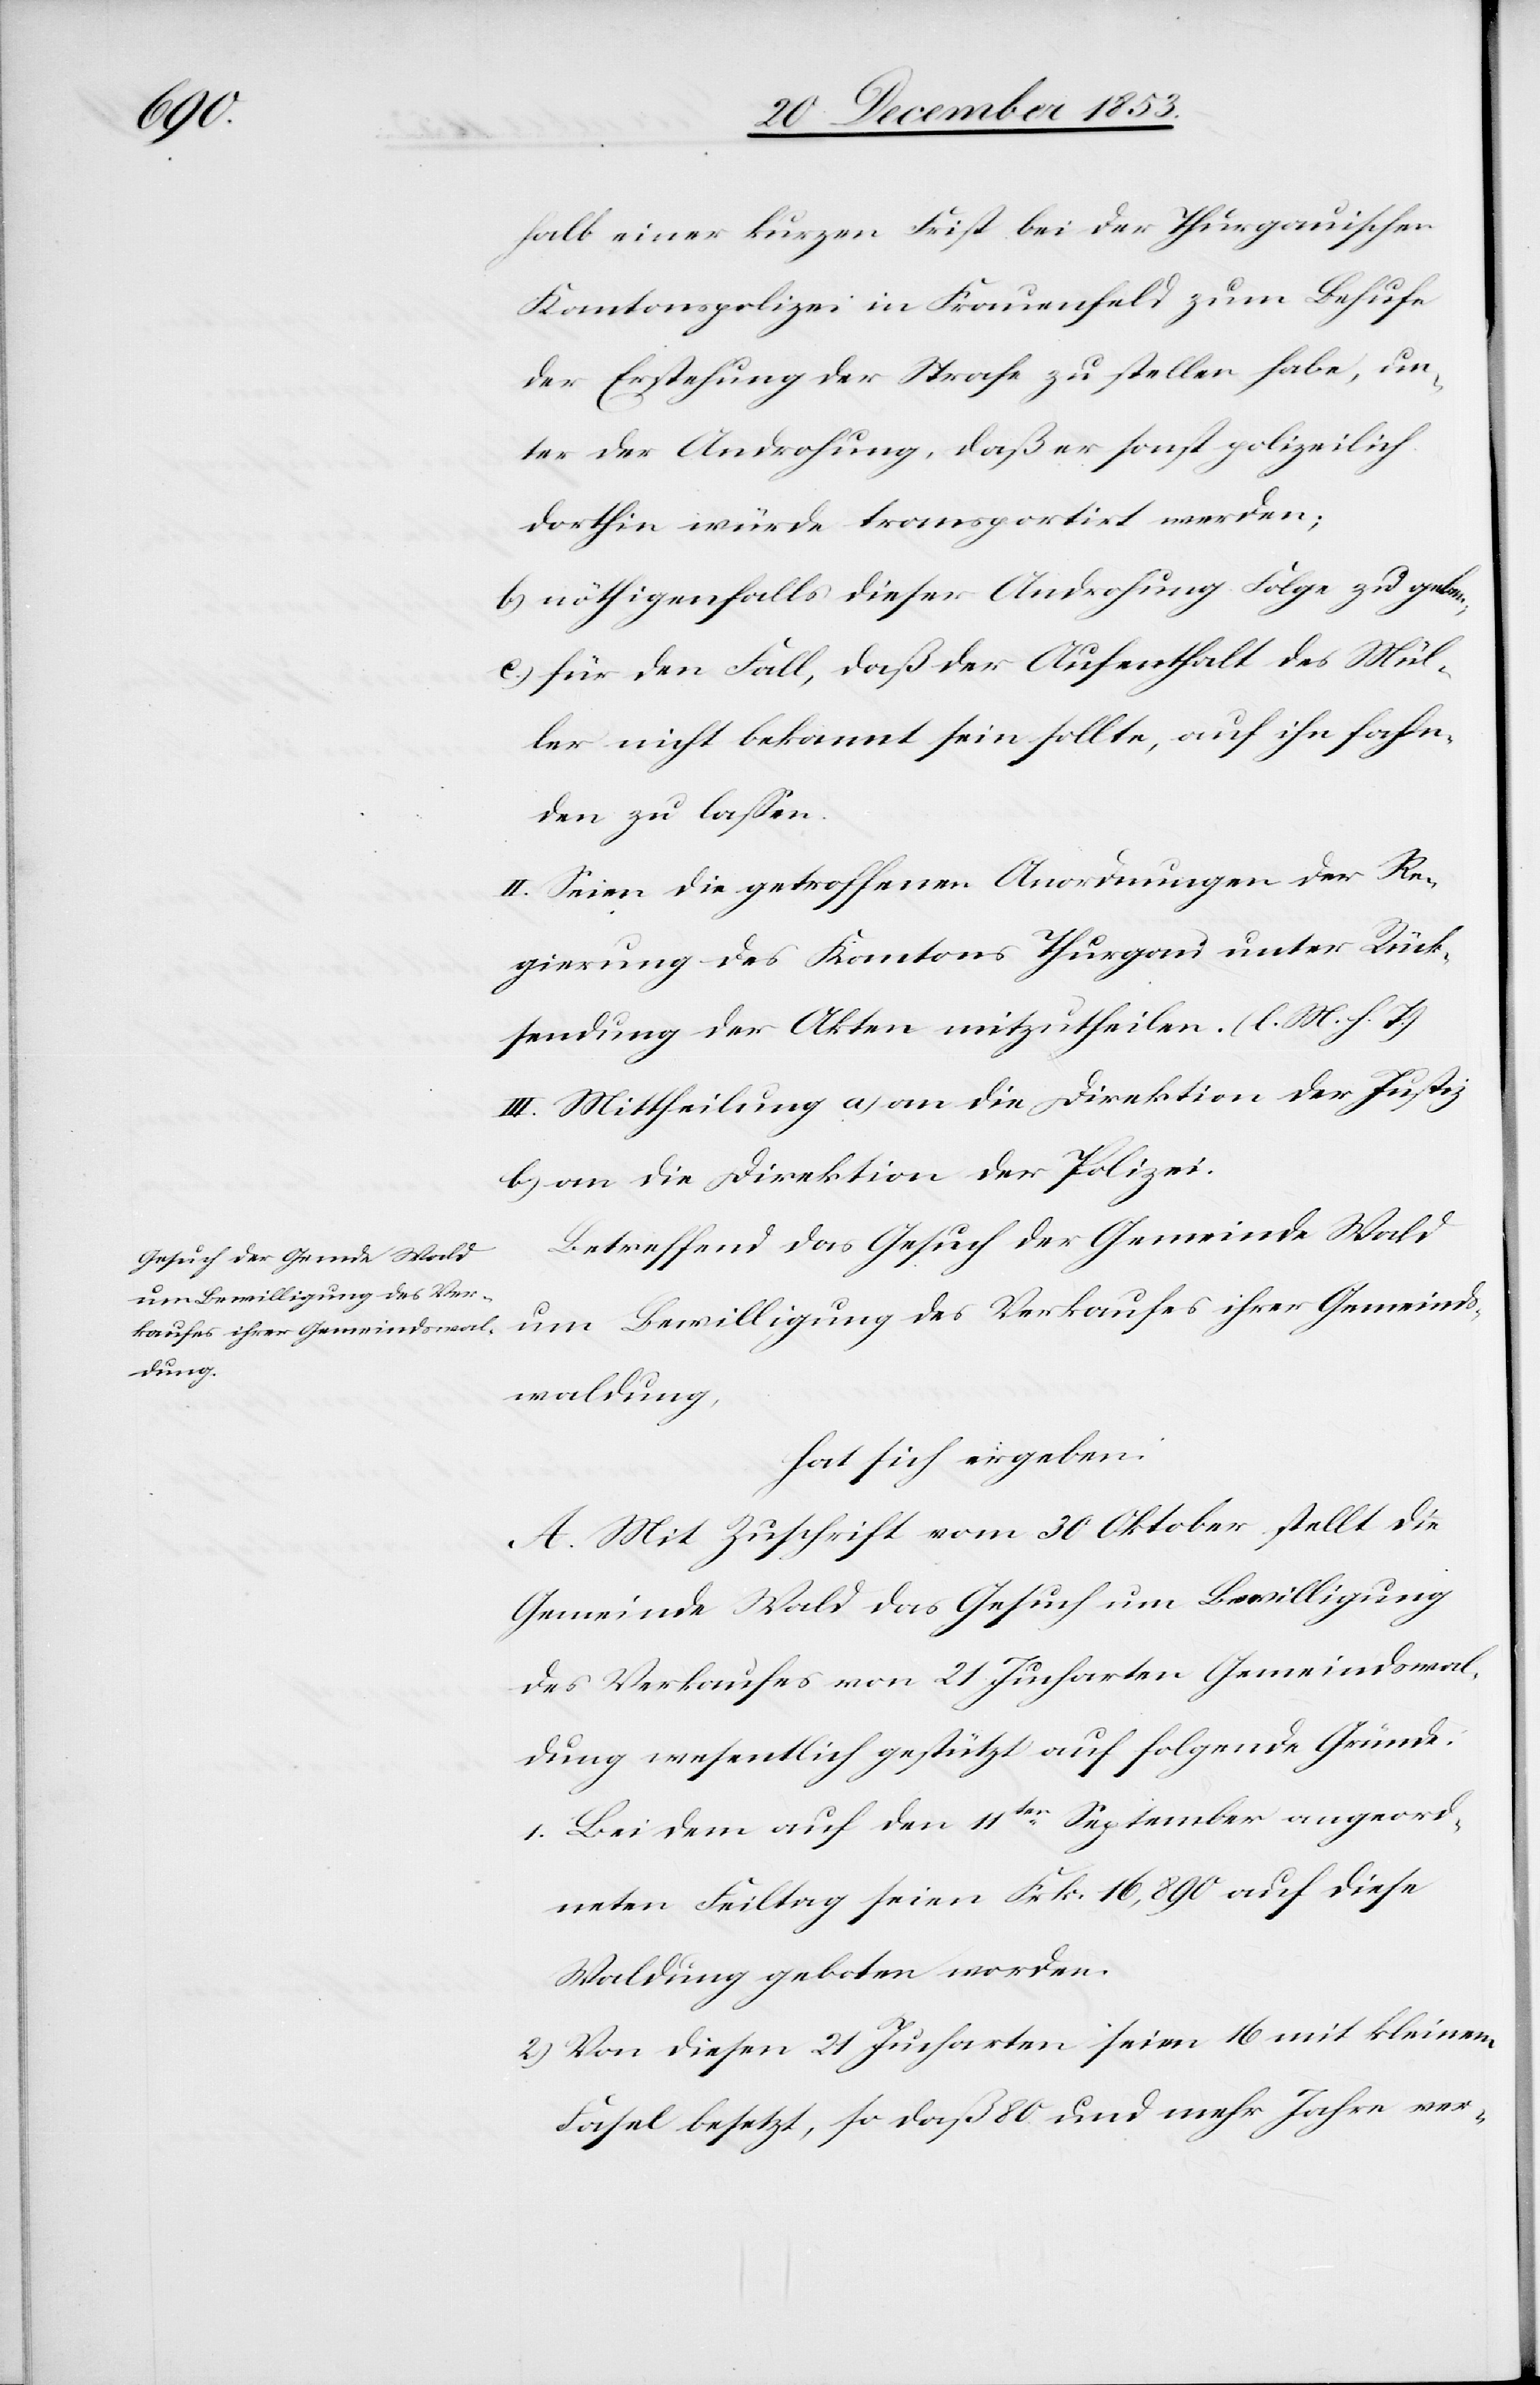
halb einer kurzen Frist bei der thurgauischen
Kantonspolizei in Frauenfeld zum Behufe
der Erstehung der Strafe zu stellen habe, un¬
ter der Androhung, daß er sonst polizeilich
dorthin würde transportirt werden;
b) nöthigenfalls dieser Androhung Folge zu geben,
c) für den Fall, daß der Aufenthalt des Mül¬
ler nicht bekannt sein sollte, auf ihn fahn¬
den zu laßen.
II. Seien die getroffenen Anordnungen der Re¬
gierung des Kantons Thurgau unter Rück¬
sendung der Akten mitzutheilen. [l. M. h. T]
III. Mittheilung a) an die Direktion der Justiz
b) an die Direktion der Polizei.
Betreffend das Gesuch der Gemeinde Wald
um Bewilligung des Verkaufes ihrer Gemeinds¬
waldung,
hat sich ergeben:
A. Mit Zuschrift vom 30 Oktober stellt die
Gemeinde Wald das Gesuch um Bewilligung
des Verkaufes von 21 Jucharten Gemeindswal¬
dung wesentlich gestützt auf folgende Gründe:
1. Bei dem auf den 11ten September angeord¬
neten Feiltag seien Frk. 16,890 auf diese
Waldung geboten worden.
2) Von diesen 21 Jucharten seien 16 mit kleinem
Fasel besetzt, so daß 80 und mehr Jahre ver-